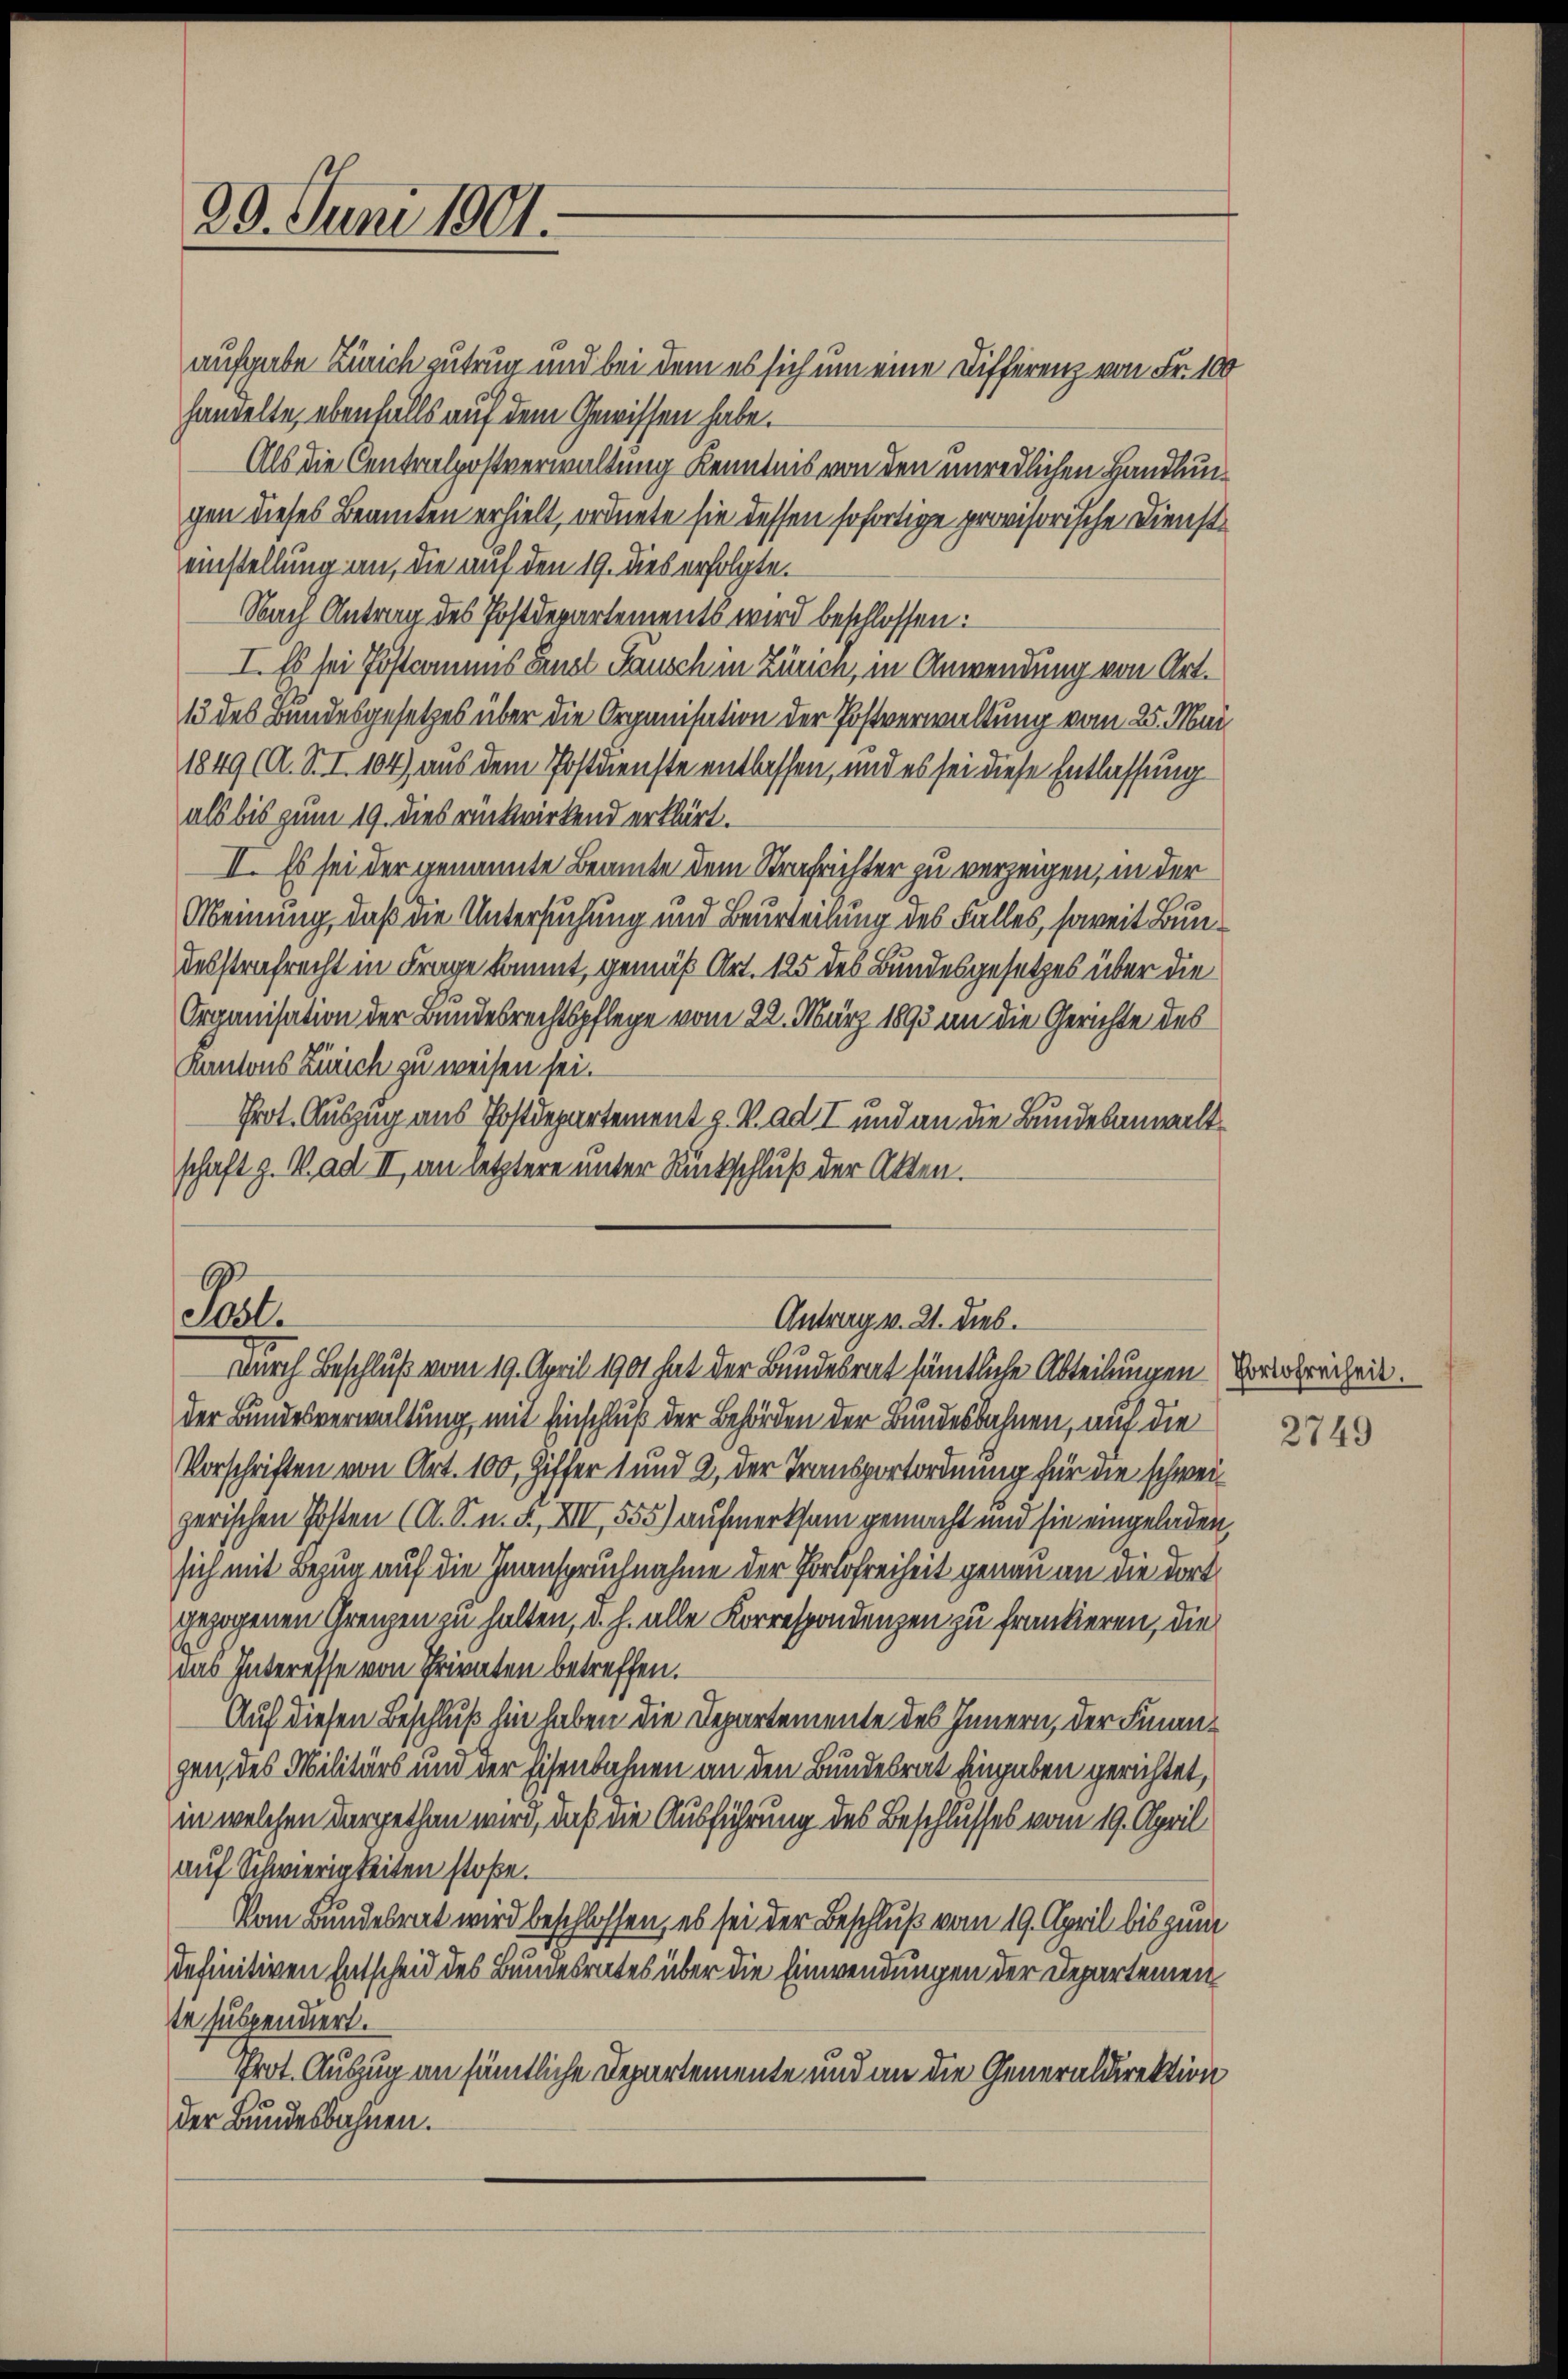
29. Juni 1901.

aufgabe Zürich zutrug und bei dem es sich um eine Differenz von Fr. 100
handelte, ebenfalls auf dem Gewissen habe.
Als die Centralpostverwaltung Kenntnis von den unredlichen Handlungen dieses Beamten erhielt, ordnete sie dessen sofortige provisorische Dienst
einstellung an, die auf den 19. dies erfolgte.
Nach Antrag des Postdepartements wird beschlossen:
I. Es sei Postammes Fenst Tausch in Zürich, in Anwendung von Art.
13 des Bundesgesetzes über die Organisation der Postverwaltung vom 25. Mai
1849 (A. S. I. 104) aus dem Postdienste entlassen, und es sei diese Entlassung
als bis zum 19. dies rückwirkend erklärt.
II. Es sei der genannte Beamte dem Strafrichter zu verzeigen, in der
1
Meinung, daß die Untersuchung und Beurteilung des Falles, soweit Bundesstrafrecht in Frage kommt, gemäß Art. 125 des Bundesgesetzes über die
Organisation der Bundesrechtspflege vom 22. März 1893 an die Gerichte des
Kantons Zürich zu weisen sei.
Prot. Auszug aus Postdepartement z. V. ad I und an die Bundesanwaltschaft z. V. ad II, an letztere unter Rückschluß der Akten.

Pul.

Antrag v. 21. Dieb.
Durch Beschluß vom 19. April 1901 hat der Bundesrat sämtliche Abteilungen Vorfreiheit.

der Bundesverwaltung, mit Einschluß der Behörden der Bundesbahnen, auf die
Vorschriften von Art. 100, Ziffer 1 und 2, der Transportordnung für die schweizerischen Posten (A. S. n. F. XIII, 555) aufmerksam gemacht und sie eingeladen,
sich mit Bezug auf die Inanspruchnahme der Portofreiheit genau an die dort
gezogenen Grenzen zu halten, d. h. alle Korrespondenzen zu frantieren, die
das Interesse von Privaten betreffen.
Auf diesen Beschluß hin haben die Departemente des Innern, der Finangen des Militärs und der Eisenbahnen an den Bundesrat Eingaben gerichtet,
in welchen dargethan wird, daß die Ausführung des Beschlusses vom 19. April
auf Schwierigkeiten stoße.
Vom Bundesrat wird beschlossen, es sei der Beschluß vom 19. April bis zum
definitiven Entscheid des Bundesrates über die Einwendungen der Departemen
te suspendiert.
Prot. Auszug an sämtliche Departemente und an die Generaldirektion
der Bundesbahnen.

2749